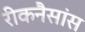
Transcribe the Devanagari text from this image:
रीकनैसांस